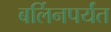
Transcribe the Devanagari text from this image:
बर्लिनपर्यंत